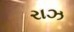
રાઝ